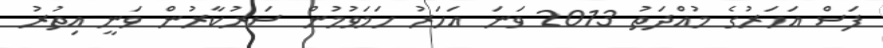
ފަސް އަހަރުގެ މުއްދަތު 2013 ވަނަ އަހަރު ހަމަވުމުން ސަރުކާރުން ވަނީ އިތުރު